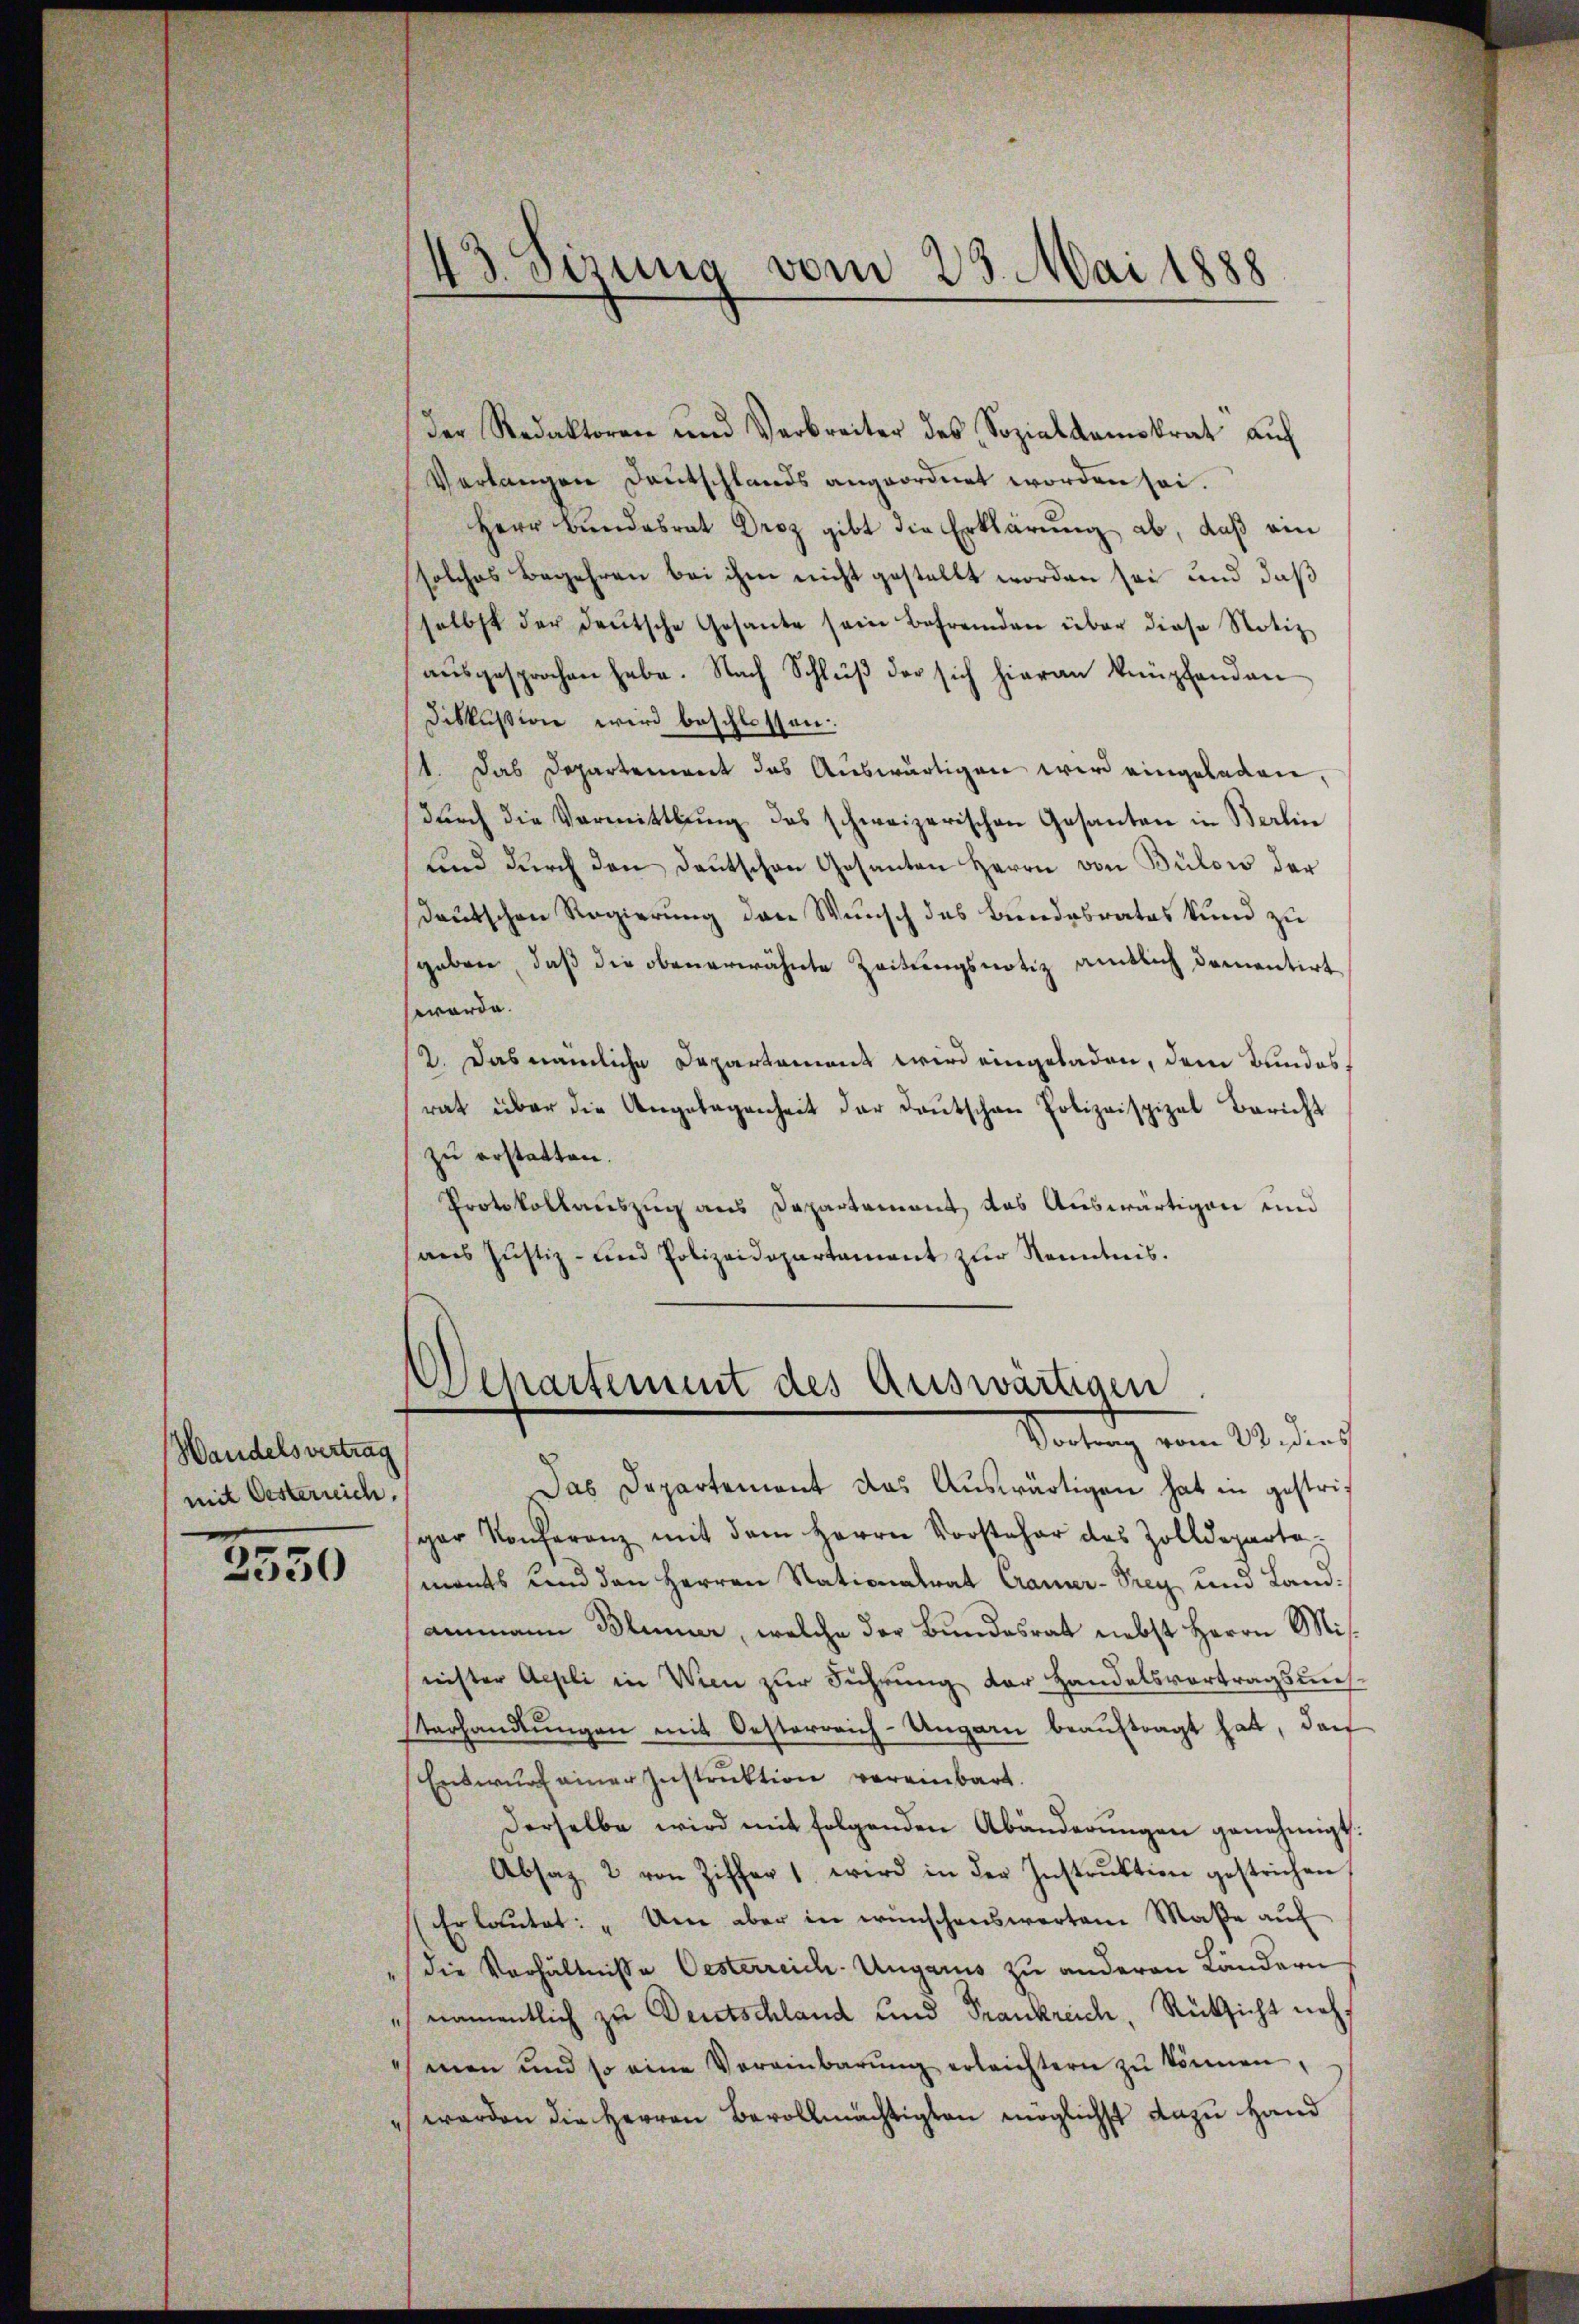
Wandelsvertrag
mit Oesterreich.

2550

der Redaktoren und Verbreiter des Sozialdemokrat aŭf
Verlangen Deutschlands angeordnet worden sei.
Herr Bundesrat Droz gibt die Erklärung ab, daß ein
solches Begehren bei ihm nicht gestellt worden sei und daß
selbst der deutsche Gesante sein Befremden über diese Notiz
aŭsgesprochen habe. Nach Schlŭβ der sich hieran knüpfenden
Diskussion wird beschlossen:
1. Das Departement das Auswärtigen wird eingeladen,
durch die Vermittlung des schweizerischen Gesanten in Berlin
und durch den Deutschen Gesanten Herrn von Bülow der
Deutschen Regierung den Wunsch des Bundesrates kund zu
geben, daß die obenerwähnte Zeitungsnotiz amtlich dementirt
werde.
2. Das nämliche Departement wird eingeladen, dem Bundes
rat über die Angelegenheit der Deutschen Polizeispiel Bericht
zu erstatten.
Protokollauszug aus Departement, das Auswärtigen und
ans Justiz- und Polizeidepartament zŭr Kenntnis.

43. Sizung vom 23. Mai 1888

Departement des Auswärtigen
Vortrag vom 22. dies

Das Departement das Auswärtigen hat in gestriger Konferenz mit dem Herrn Vorsteher des Zolldeparte
monts und den Herren Nationalrat Craner-Trey und Landammann Blümer, welche der Bundesrat nebst Herrn Misnister Aepli in Wien zur Führung der Handelsvortragsmesterhandlŭngen mit Oesterreich-Ungarn beauftragt hat, darf
Entwurf einer Instruktion vereinbart.
Derselbe wird mit folgenden Abänderŭngen genehmigt.
Absaz 2 von Ziffer 1 wird in der Instrŭktion gestrichen
Erlautet: „Um aber in wünschenswerten Maße auf
" die Verhältnisse Oesterreich-Ungaris zu anderen Ländern
 namentlich zu Deutschland und Frankreich, Rücksicht nicht
men und so eine Vereinbarŭng erleichtern zŭ können,
" werden die Herren Bevollmächtigten möglichst dazu Hand